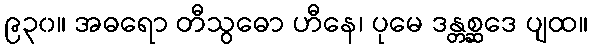
၉၃၀။ အဓရော တီသွဓော ဟီနေ၊ ပုမေ ဒန္တစ္ဆဒေ ပျထ။